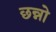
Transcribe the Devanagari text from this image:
छन्नो